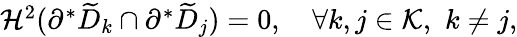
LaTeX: \begin{array}{r}{\mathcal H^{2}(\partial^{*}\widetilde{D}_{k}\cap\partial^{*}\widetilde{D}_{j})=0,\quad\forall k,j\in\mathcal K,\, \, k\neq j,}\end{array}